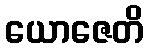
ယောဇေတိ